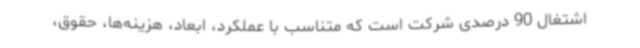
اشتغال 90 درصدی شرکت است که متناسب با عملکرد، ابعاد، هزینه‌ها، حقوق،